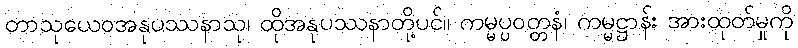
တာသုယေဝအနုပဿနာသု၊ ထိုအနုပဿနာတို့ပင်။ ကမ္မပ္ပဝတ္တနံ၊ ကမ္မဋ္ဌာန်း အားထုတ်မှုကို